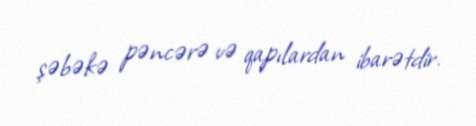
şəbəkə pəncərə və qapılardan ibarətdir.